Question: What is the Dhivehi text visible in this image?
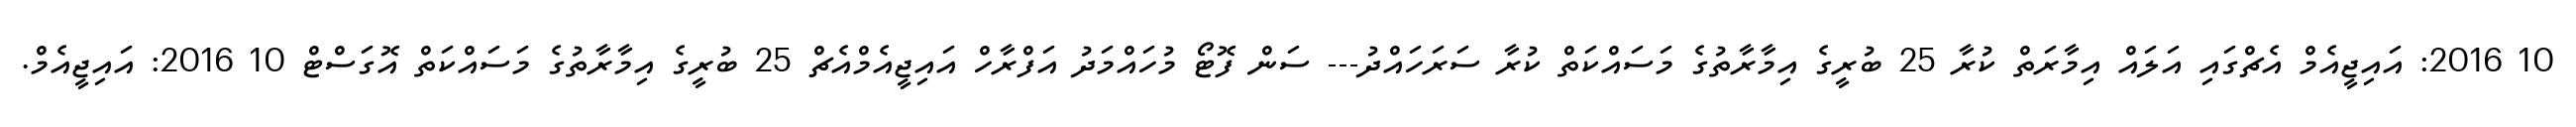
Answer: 10 2016: އައިޖީއެމް އެޗްގައި އަލައް އިމާރަތް ކުރާ 25 ބުރީގެ އިމާރާތުގެ މަސައްކަތް ކުރާ ސަރަހައްދު--- ސަން ފޮޓޯ މުހައްމަދު އަފްރާހް އައިޖީއެމްއެޗް 25 ބުރީގެ އިމާރާތުގެ މަސައްކަތް އޮގަސްޓް 10 2016: އައިޖީއެމް.